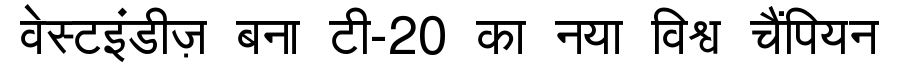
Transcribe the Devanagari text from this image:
वेस्टइंडीज़ बना टी-20 का नया विश्व चैंपियन